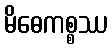
မိဓေကစ္စဿ